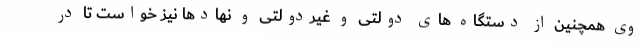
وی همچنین از دستگاه های دولتی و غیردولتی و نهادها نیز خواست تا در